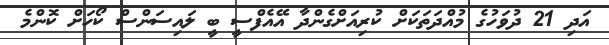
އަދި 21 ދުވަހުގެ މުއްދަތަކަށް ކުރިއަށްގެންދާ އޭއެފްސީ ބީ ލައިސަންސް ކޯހަށް ކޮންމެ